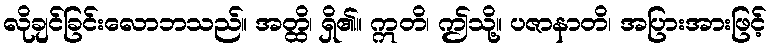
လိုချင်ခြင်းလောဘသည်။ အတ္ထိ၊ ရှိ၏။ ဣတိ၊ ဤသို့။ ပဇာနာတိ၊ အပြားအားဖြင့်